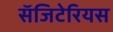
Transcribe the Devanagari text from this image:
सॅजिटेरियस